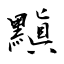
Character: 黰